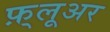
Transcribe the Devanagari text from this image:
फ़्लूअर